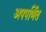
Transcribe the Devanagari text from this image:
अपपर्णित